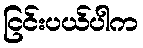
ငြင်းပယ်ပါက